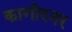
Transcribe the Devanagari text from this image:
कागोरनर